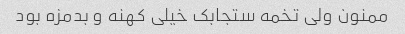
ممنون ولی تخمه ستجابک خیلی کهنه و بدمزه بود